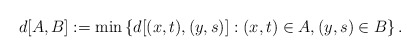
\begin{align*}d[A,B]:=\min \left\{d[(x,t),(y,s)]: (x,t)\in A, (y,s)\in B\right\}.\end{align*}